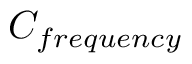
C _ { f r e q u e n c y }